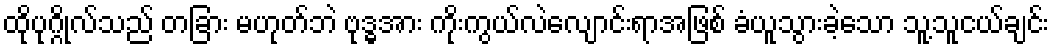
ထိုပုဂ္ဂိုလ်သည် တခြား မဟုတ်ဘဲ ဗုဒ္ဓအား ကိုးကွယ်လဲလျောင်းရာအဖြစ် ခံယူသွားခဲ့သော သူ့သူငယ်ချင်း